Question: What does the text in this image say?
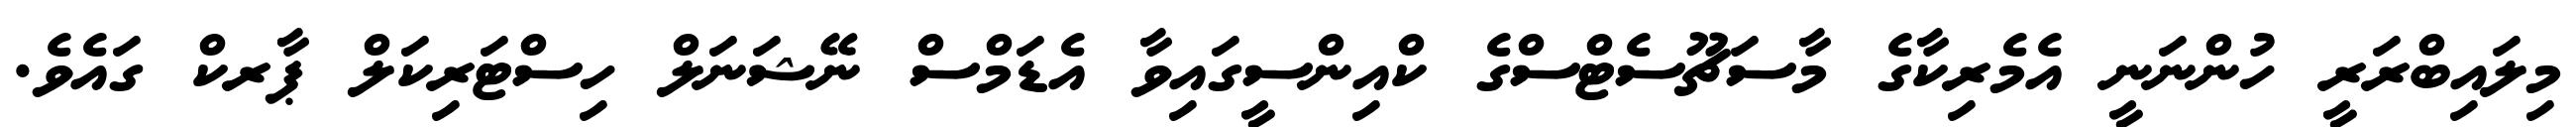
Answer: މިލައިބްރަރީ ހުންނަނީ އެމެރިކާގެ މާސަޗޫސެޓްސްގެ ކްއިންސީގައިވާ އެޑަމްސް ނޭޝަނަލް ހިސްޓަރިކަލް ޕާރކް ގައެވެ.